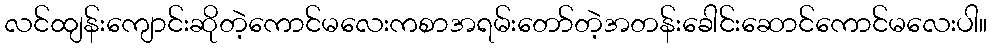
လင်ထျန်းကျောင်းဆိုတဲ့ကောင်မလေးကစာအရမ်းတော်တဲ့အတန်းခေါင်းဆောင်ကောင်မလေးပါ။